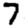
Digit: 7